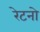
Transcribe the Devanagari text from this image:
रेटनो